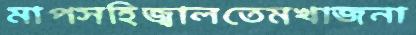
মাপসহিজ্বালতেমখাজনা